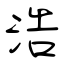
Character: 浩